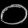
Digit: ၀